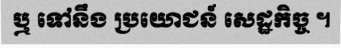
ឬ ទៅនឹង ប្រយោជន៍ សេដ្ឋកិច្ច ។